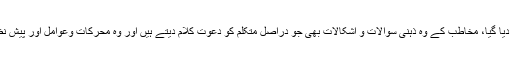
تاریخی سیاق میں وہ سماجی اور تمدنی احوال وظروف بھی شامل ہیں جن میں کوئی حکم دیا گیا، مخاطب کے وہ ذہنی سوالات و اشکالات بھی جو دراصل متکلم کو دعوت کلام دیتے ہیں اور وہ محرکات وعوامل اور پیش نظر مصالح و مقاصد بھی جو قانون کو ایک مخصوص شکل دینے کا سبب اور داعی بنے۔